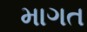
માગત